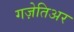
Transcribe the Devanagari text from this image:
गज़ेतिअर